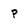
Character: P